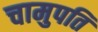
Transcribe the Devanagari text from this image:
चामुपति